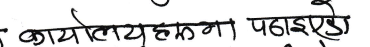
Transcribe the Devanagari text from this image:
कार्यालयहरुमा पढाईएईउछो